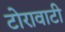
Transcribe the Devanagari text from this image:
टोरावाटी